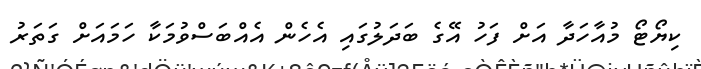
ކިޔޯޓޯ މުއާހަދާ އަށް ފަހު އޭގެ ބަދަލުގައި އެހެން އެއްބަސްވުމަކާ ހަމައަށް ގަތަރު